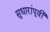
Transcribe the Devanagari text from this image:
सुधारांपूर्वी